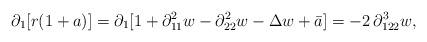
LaTeX: \begin{align*}\partial_1[r(1+a)] = \partial_1[ 1 + \partial_{11}^2 w - \partial_{22}^2 w - \Delta w + \bar{a} ] = -2\, \partial_{122}^3 w,\end{align*}